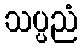
သပ္ပညံ